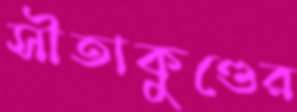
সীতাকুণ্ডের